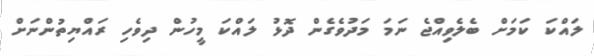
ލައްކަ ކަމަށް ބެލެވިއްޖެ ނަމަ މަދުވެގެން ދޮޅު ލައްކަ މީހުން ދިވެހި ރައްޔިތުންނަށް